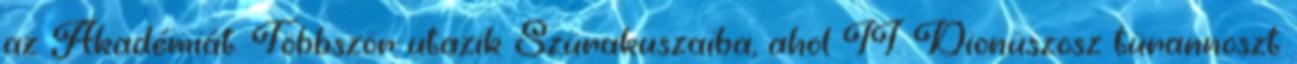
az Akadémiát. Többször utazik Szürakuszaiba, ahol II. Dionüszosz türannoszt